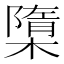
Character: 㯐